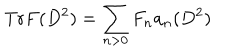
\mathrm { T r } F ( D ^ { 2 } ) = \displaystyle \sum _ { n > 0 } F _ { n } a _ { n } ( D ^ { 2 } )